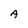
Character: A